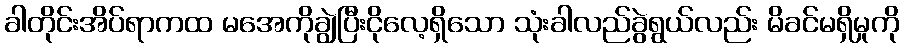
ခါတိုင်းအိပ်ရာကထ မအေကိုချွဲပြီးငိုလေ့ရှိသော သုံးခါလည်ခွဲရွယ်လည်း မိခင်မရှိမှုကို